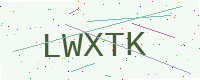
Text: LWXTK